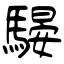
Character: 騴